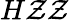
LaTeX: H\mathcal{Z}\mathcal{Z}